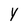
Character: Y